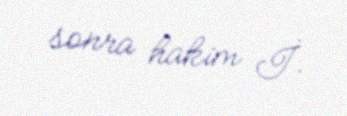
sonra hakim İ.